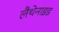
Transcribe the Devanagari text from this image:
लैथेनाइड